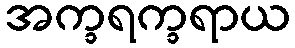
အက္ခရက္ခရာယ